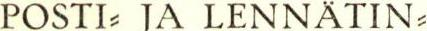
POSTI= JA LENNÄTIN=